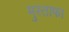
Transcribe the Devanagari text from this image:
मुस्ताफा